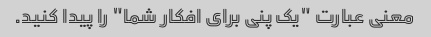
معنی عبارت "یک پنی برای افکار شما" را پیدا کنید.